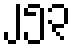
၂၅၃